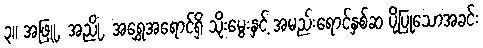
၃။ အဖြူ, အညို, အရွှေအရောင်ရှိ သိုးမွေးနှင့် အမည်းရောင်နှစ်ဆ ပိုပြုသောအခင်း